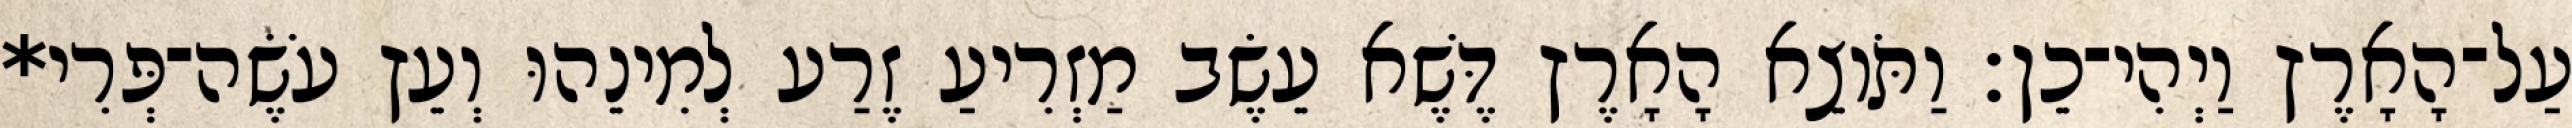
עַל־הָאָרֶץ וַיְהִי־כֵן׃ וַתֹּוצֵא הָאָרֶץ דֶּשֶׁא עֵשֶׂב מַזְרִיעַ זֶרַע לְמִינֵהוּ וְעֵץ עֹשֶׂה־פְּרִי*